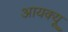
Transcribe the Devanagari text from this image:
आयक्यू